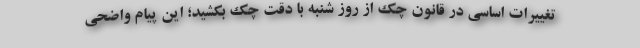
تغییرات اساسی در قانون چک از روز شنبه با دقت چک بکشید؛ این پیام واضحی